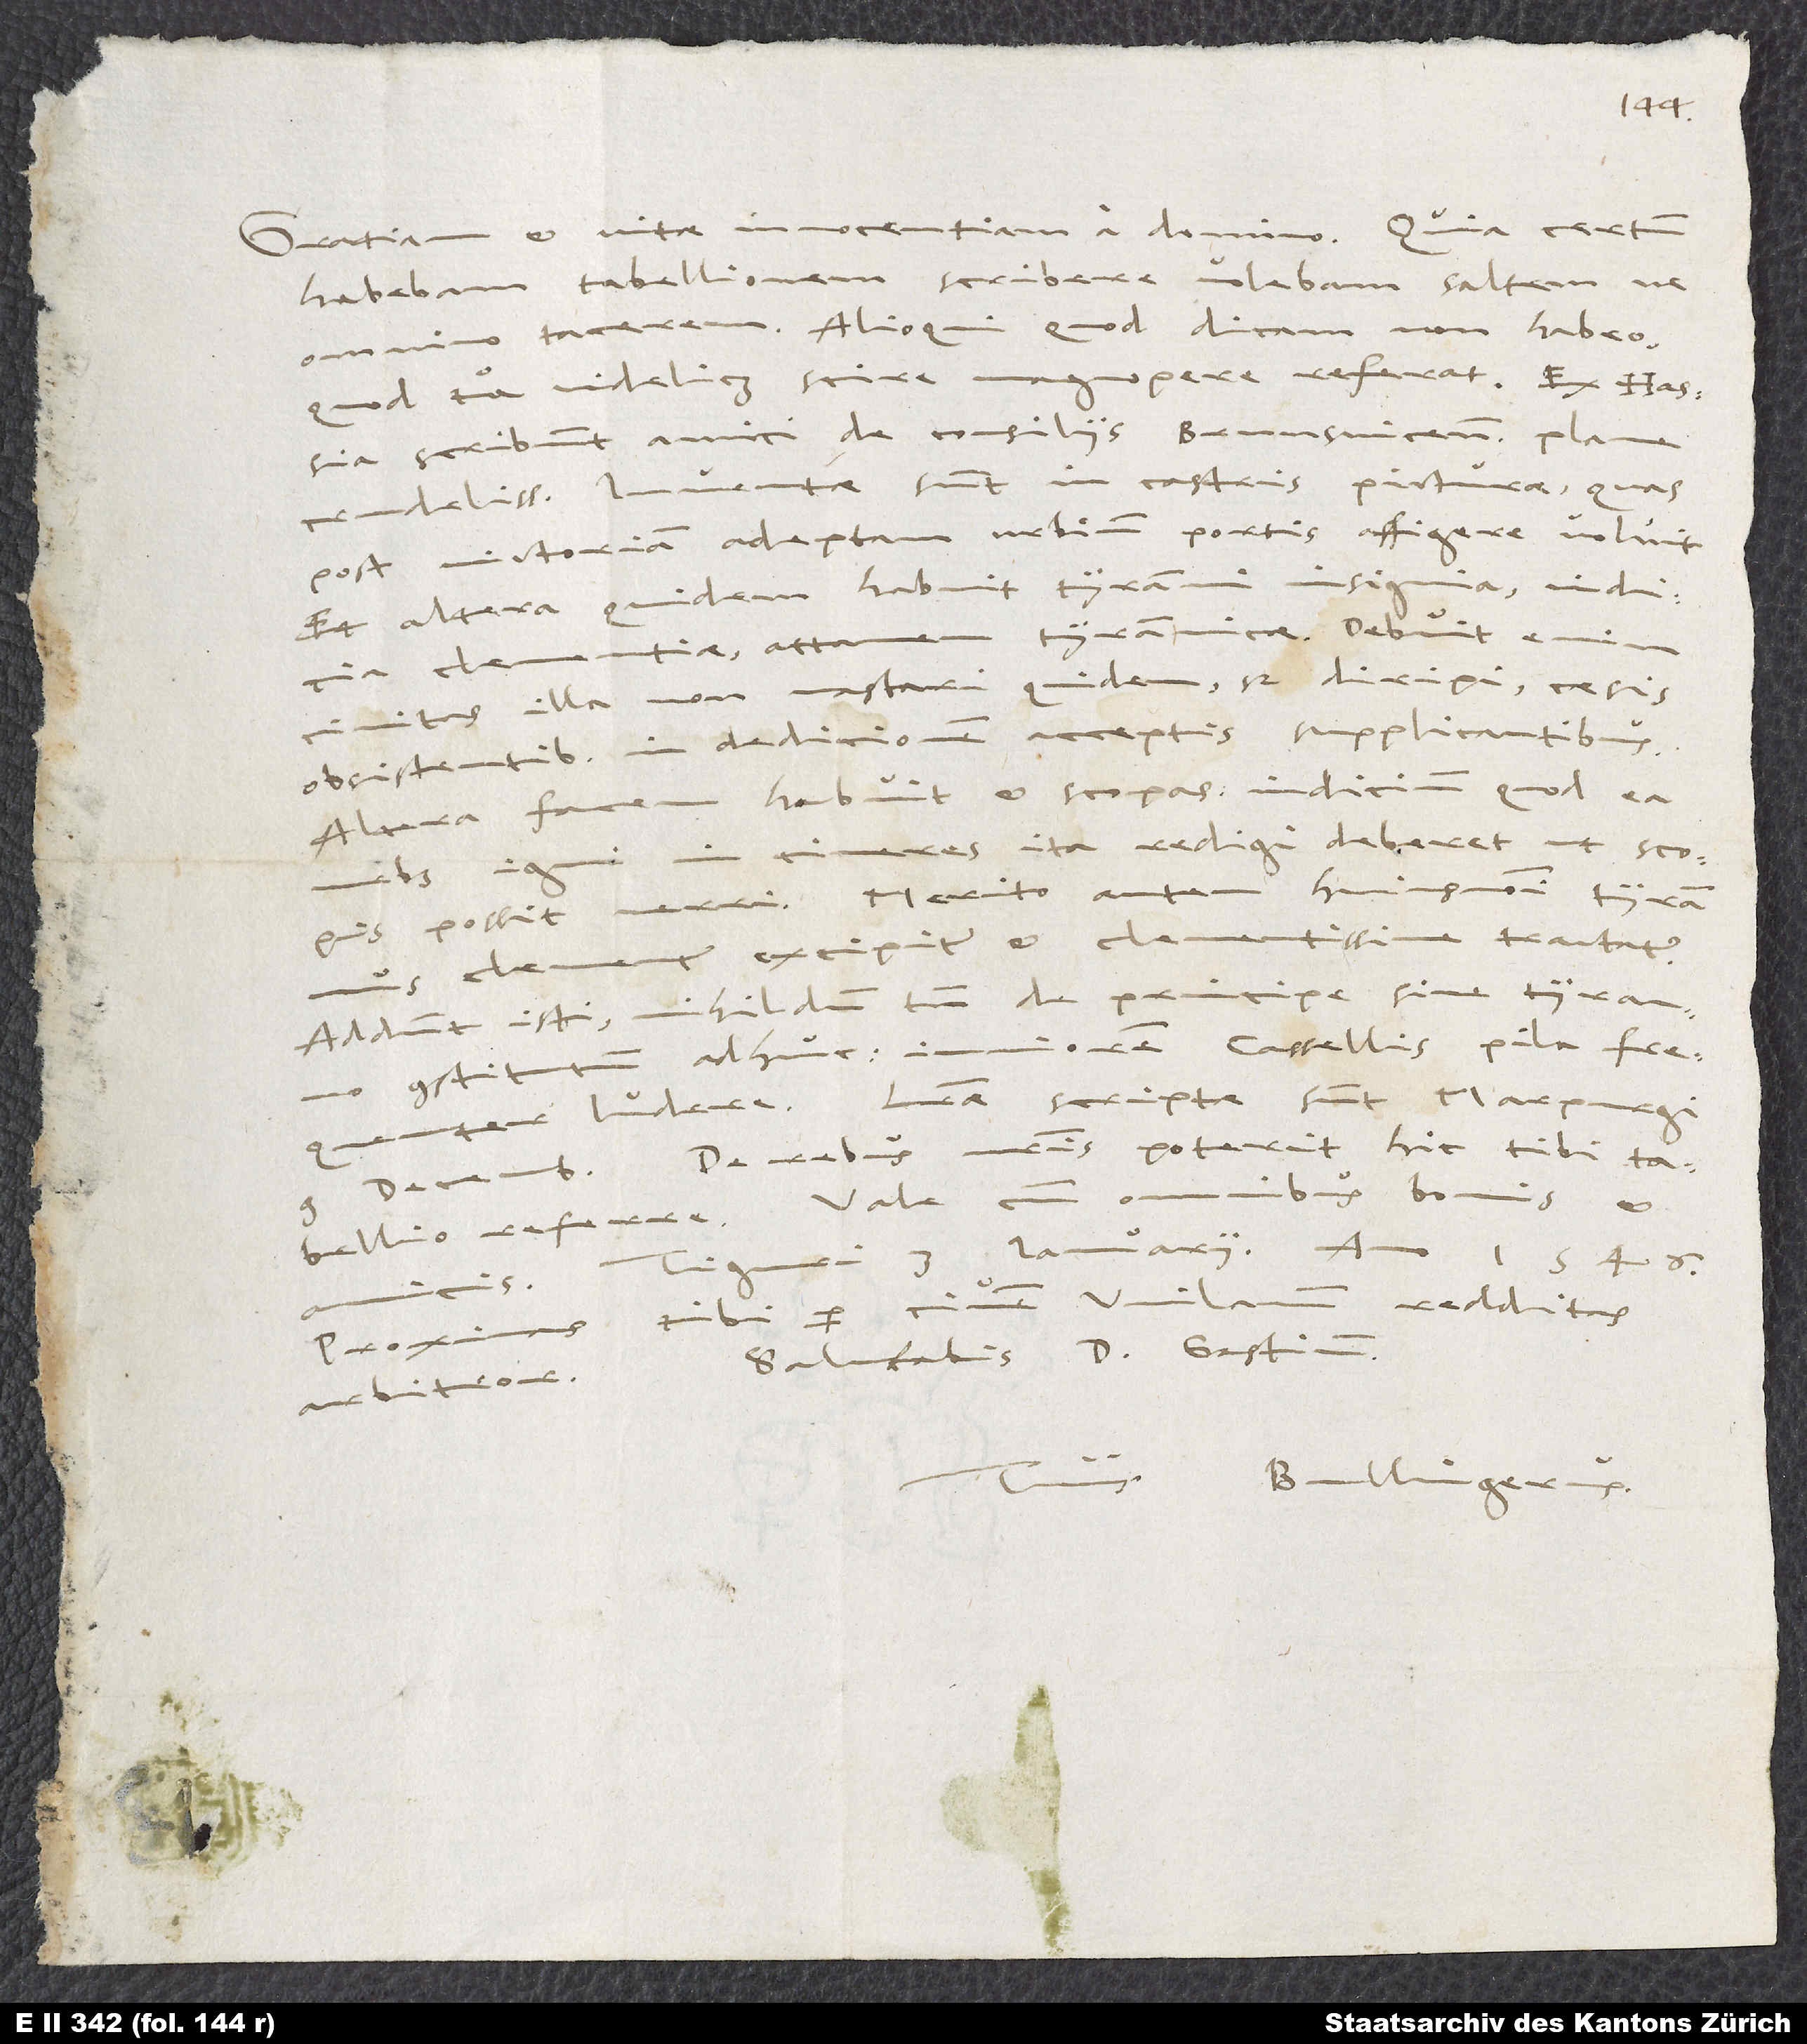
Gratiam et vitae innocentiam a domino. Quia certum
habebam tabellionem, scribere volebam, saltem ne
omnino tacerem. Alioqui quod dicam, non habeo,
quod tua videlicet scire
scribunt amici de consiliis Brunsvicensis plane
crudelissimis. Inventae sunt in castris picturae, quas
post victoriam adeptam urbium portis affigere voluit.
Et altera quidem habuit tyranni insignia: indicia
clementiae, attamen tyrannicae; debuit enim
civitas illa non vastari quidem, sed diripi caesis
obsistentibus, in dedicionem acceptis supplicantibus.
Altera facem habuit et scopas: indicium, quod ea
cineres ita redigi deberet, ut scopis
urbs igni
possit verri. Merito autem huiusmodi tyrannus
clementer excipitur et clementissime tractatur!
Addunt isti nihildum tamen de principe sive tyranno
constitutum adhuc; iuniorem Cassellis pila frequenter
ludere. Literae scriptae sunt Marpurgi,
De rebus nostris poterit hic tibi
omnibus bonis et
tabellio referre. Vale cum
Tiguri, 3. ianuarii
Wilanum redditas
Proximas tibi
arbitror. Salutabis d. Gastium.
Bullingerus.